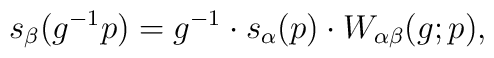
s_\beta(g^{-1} p) =	g^{-1} \cdot 	s_\alpha(p) \cdot 	W_{\alpha \beta} (g;p),